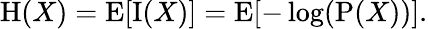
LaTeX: \mathrm{H}(X)=\operatorname{E}[\operatorname{I}(X)]=\operatorname{E}[-\log(\mathrm{P}(X))].